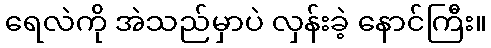
ရေလဲကို အဲသည်မှာပဲ လှန်းခဲ့ နောင်ကြီး။